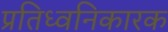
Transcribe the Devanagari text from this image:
प्रतिध्वनिकारक